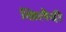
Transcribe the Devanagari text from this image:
खिलैदी